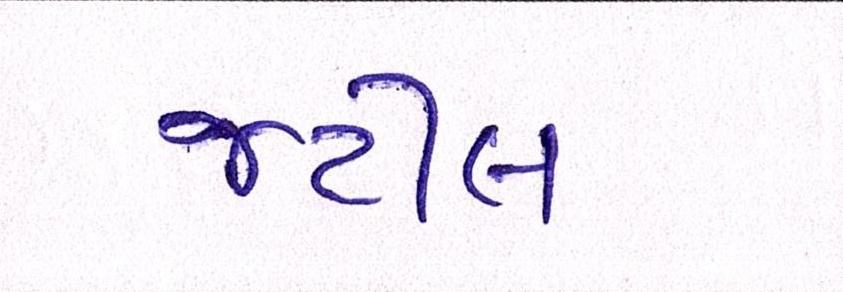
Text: જટીલ